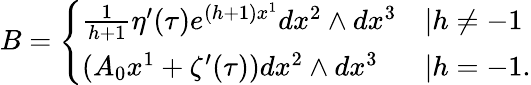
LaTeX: B=\left\{ \begin{array}{ll}{{\frac{1}{h+1}\eta^{\prime}(\tau)e^{(h+1)x^{1}}dx^{2}\wedge dx^{3}}}&{{|h\neq-1}}\\ {{(A_{0}x^{1}+\zeta^{\prime}(\tau))dx^{2}\wedge dx^{3}}}&{{|h=-1.}}\end{array}\right.